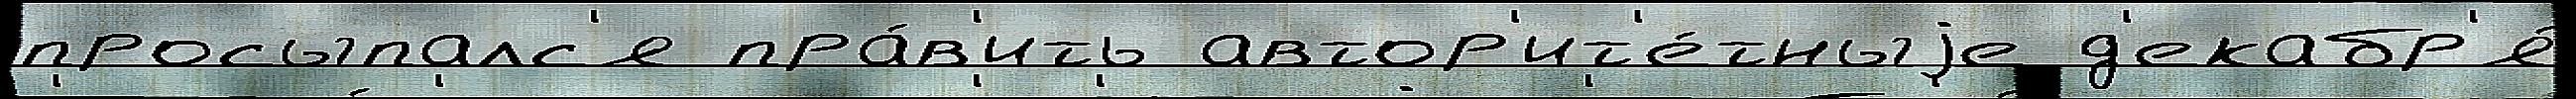
просыпалс'я пра́в'ить автор'ит'е́тныjе д'екабр'я́